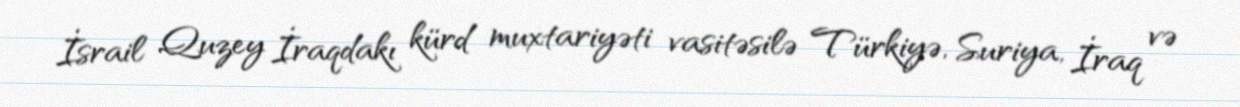
İsrail Quzey İraqdakı kürd muxtariyəti vasitəsilə Türkiyə, Suriya, İraq və